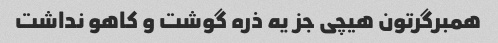
همبرگرتون هیچی جز یه ذره گوشت و کاهو نداشت